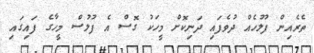
ތެރެއިން ފުލުހެއް ދުވެފައި ދަނިކޮށް މީހަކު ގޮސް އެ ފުލުސް މީހާގެ ފައިގައި